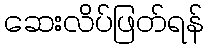
ဆေးလိပ်ဖြတ်ရန်